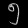
Digit: ၅